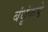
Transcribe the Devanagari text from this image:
बंधूंकडे